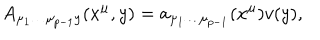
A _ { \mu _ { 1 } \dots \mu _ { p - 1 } y } ( x ^ { \mu } , y ) = a _ { \mu _ { 1 } \dots \mu _ { p - 1 } } ( x ^ { \mu } ) v ( y ) ,